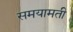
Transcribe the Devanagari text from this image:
समयामती